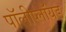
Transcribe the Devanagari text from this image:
पॉलीप्लॉयड